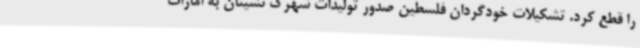
را قطع کرد. تشکیلات خودگردان فلسطین صدور تولیدات شهرک نشینان به امارات